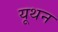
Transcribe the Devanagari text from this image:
यूथन